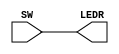
// Module that connects ten switches and lights
module lab_1a (SW, LEDR);
input [9:0] SW; // slide switches
output [9:0] LEDR; // red LEDs
assign LEDR = SW;
endmodule